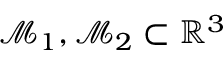
\mathcal { M } _ { 1 } , \mathcal { M } _ { 2 } \subset \mathbb { R } ^ { 3 }